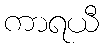
ကာရယီ